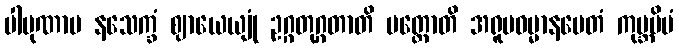
ပါပုဏာမ နသေက္ခံ ဈာယေယျုံ ဥဂ္ဂတုဂ္ဂတာတိ ပတ္ထောတိ အရူပဓမ္မာနမေတံ ကုမ္ဘမိမံ